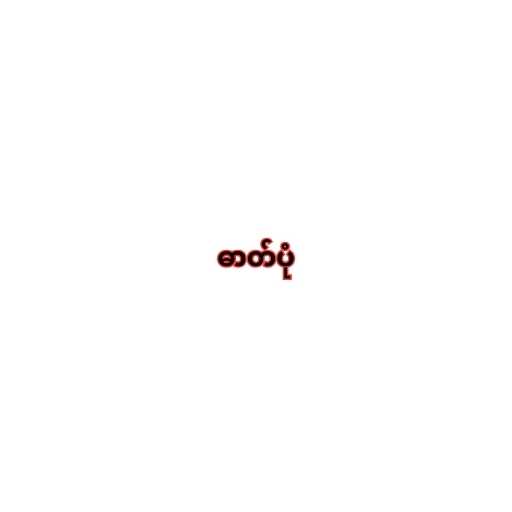
ဓာတ်ပုံ